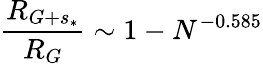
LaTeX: \frac{{R}_{G+s_{*}}}{R_{G}}\sim 1-N^{-0.585}